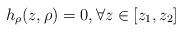
LaTeX: \begin{align*}h_\rho(z, \rho)= 0, \forall z \in [z_1, z_2]\end{align*}